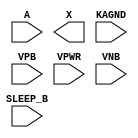
module sky130_fd_sc_lp__iso1n (
    //# {{data|Data Signals}}
    input  A      ,
    output X      ,

    //# {{power|Power}}
    input  SLEEP_B,
    input  KAGND  ,
    input  VPB    ,
    input  VPWR   ,
    input  VNB
);
endmodule